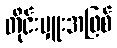
တိုင်းမှူးအဖြစ်